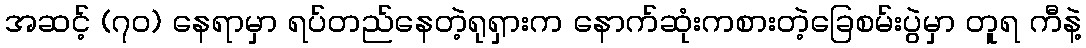
အဆင့် (၇ဝ) နေရာမှာ ရပ်တည်နေတဲ့ရုရှားက နောက်ဆုံးကစားတဲ့ခြေစမ်းပွဲမှာ တူရ ကီနဲ့